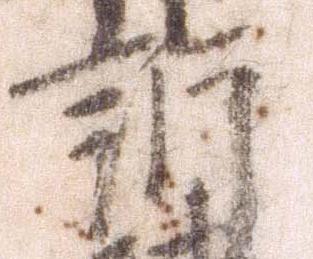
訴